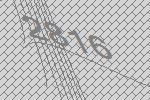
2816